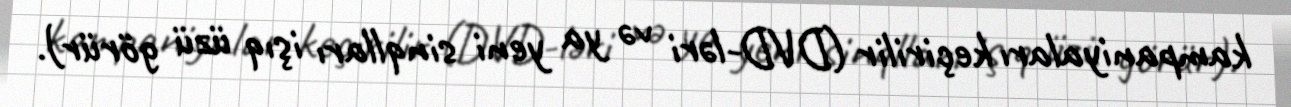
kampaniyaları keçirilir (DVD-ləri və ya yeni sinqlları işıq üzü görür).